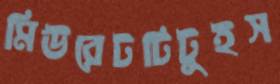
মিউরেটটিটুইস